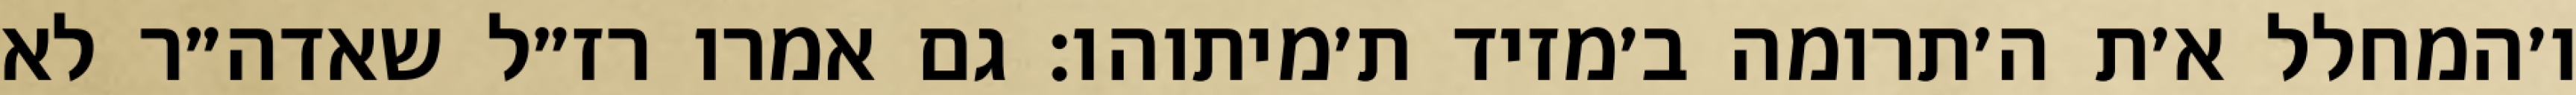
ו׳המחלל א׳ת ה׳תרומה ב׳מזיד ת׳מיתוהו: גם אמרו רז״ל שאדה״ר לא